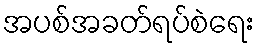
အပစ်အခတ်ရပ်စဲရေး